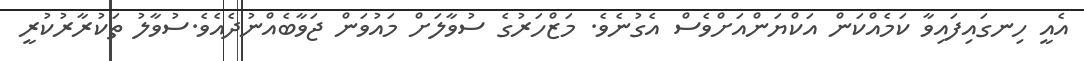
އެއީ ހިނގައިފައިވާ ކަމެއްކަން އަކްޔަންއަށްވެސް އެގުނެވެ. މަޒްހަރުގެ ސުވާލަށް މައުވަން ޖަވާބެއްނުދެއެވެ.ސުވާލު ތަކުރާރުކުރީ